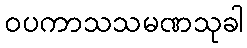
ဝပကာသသမဏသုခါ